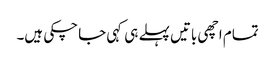
تمام اچھی باتیں پہلے ہی کہی جا چکی ہیں۔